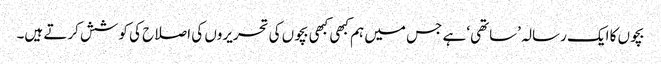
بچوں کا ایک رسالہ ’ساتھی‘ ہے جس میں ہم کبھی کبھی بچوں کی تحریروں کی اصلاح کی کوشش کرتے ہیں۔